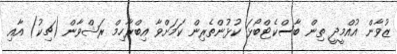
ޒުވާން އުއްމީދީ ތިން ބާސްކެޓްބޯޅަ ކުޅުންތެރިން ކަމަށްވާ އިބްރާހިމް ރަޝްވާން (ޗިކު) އާއި